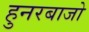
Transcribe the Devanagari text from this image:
हुनरबाजो